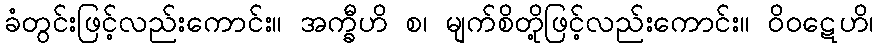
ခံတွင်းဖြင့်လည်းကောင်း။ အက္ခီဟိ စ၊ မျက်စိတို့ဖြင့်လည်းကောင်း။ ဝိဝဋေဟိ၊